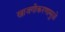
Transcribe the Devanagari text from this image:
खाजगीकरणामुळे